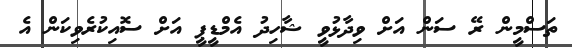
ތަސްމީން ރޭ ސަން އަށް ވިދާޅުވީ ޝާހިދު އެމްޑީޕީ އަށް ސޮއިކުރެވިކަން އެ